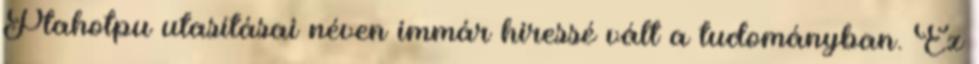
Ptahotpu utasításai néven immár hiressé vált a tudományban. Ez